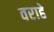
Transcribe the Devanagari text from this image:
वराहे